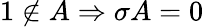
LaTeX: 1\notin A\Rightarrow\sigma A=0